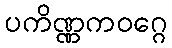
ပကိဏ္ဏကဝဂ္ဂေ